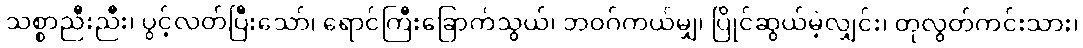
သစ္စာညီးညီး၊ ပွင့်လတ်ပြီးသော်၊ ရောင်ကြီးခြောက်သွယ်၊ ဘဝဂ်ကယ်မျှ၊ ပြိုင်ဆွယ်မဲ့လျှင်း၊ တုလွတ်ကင်းသား၊